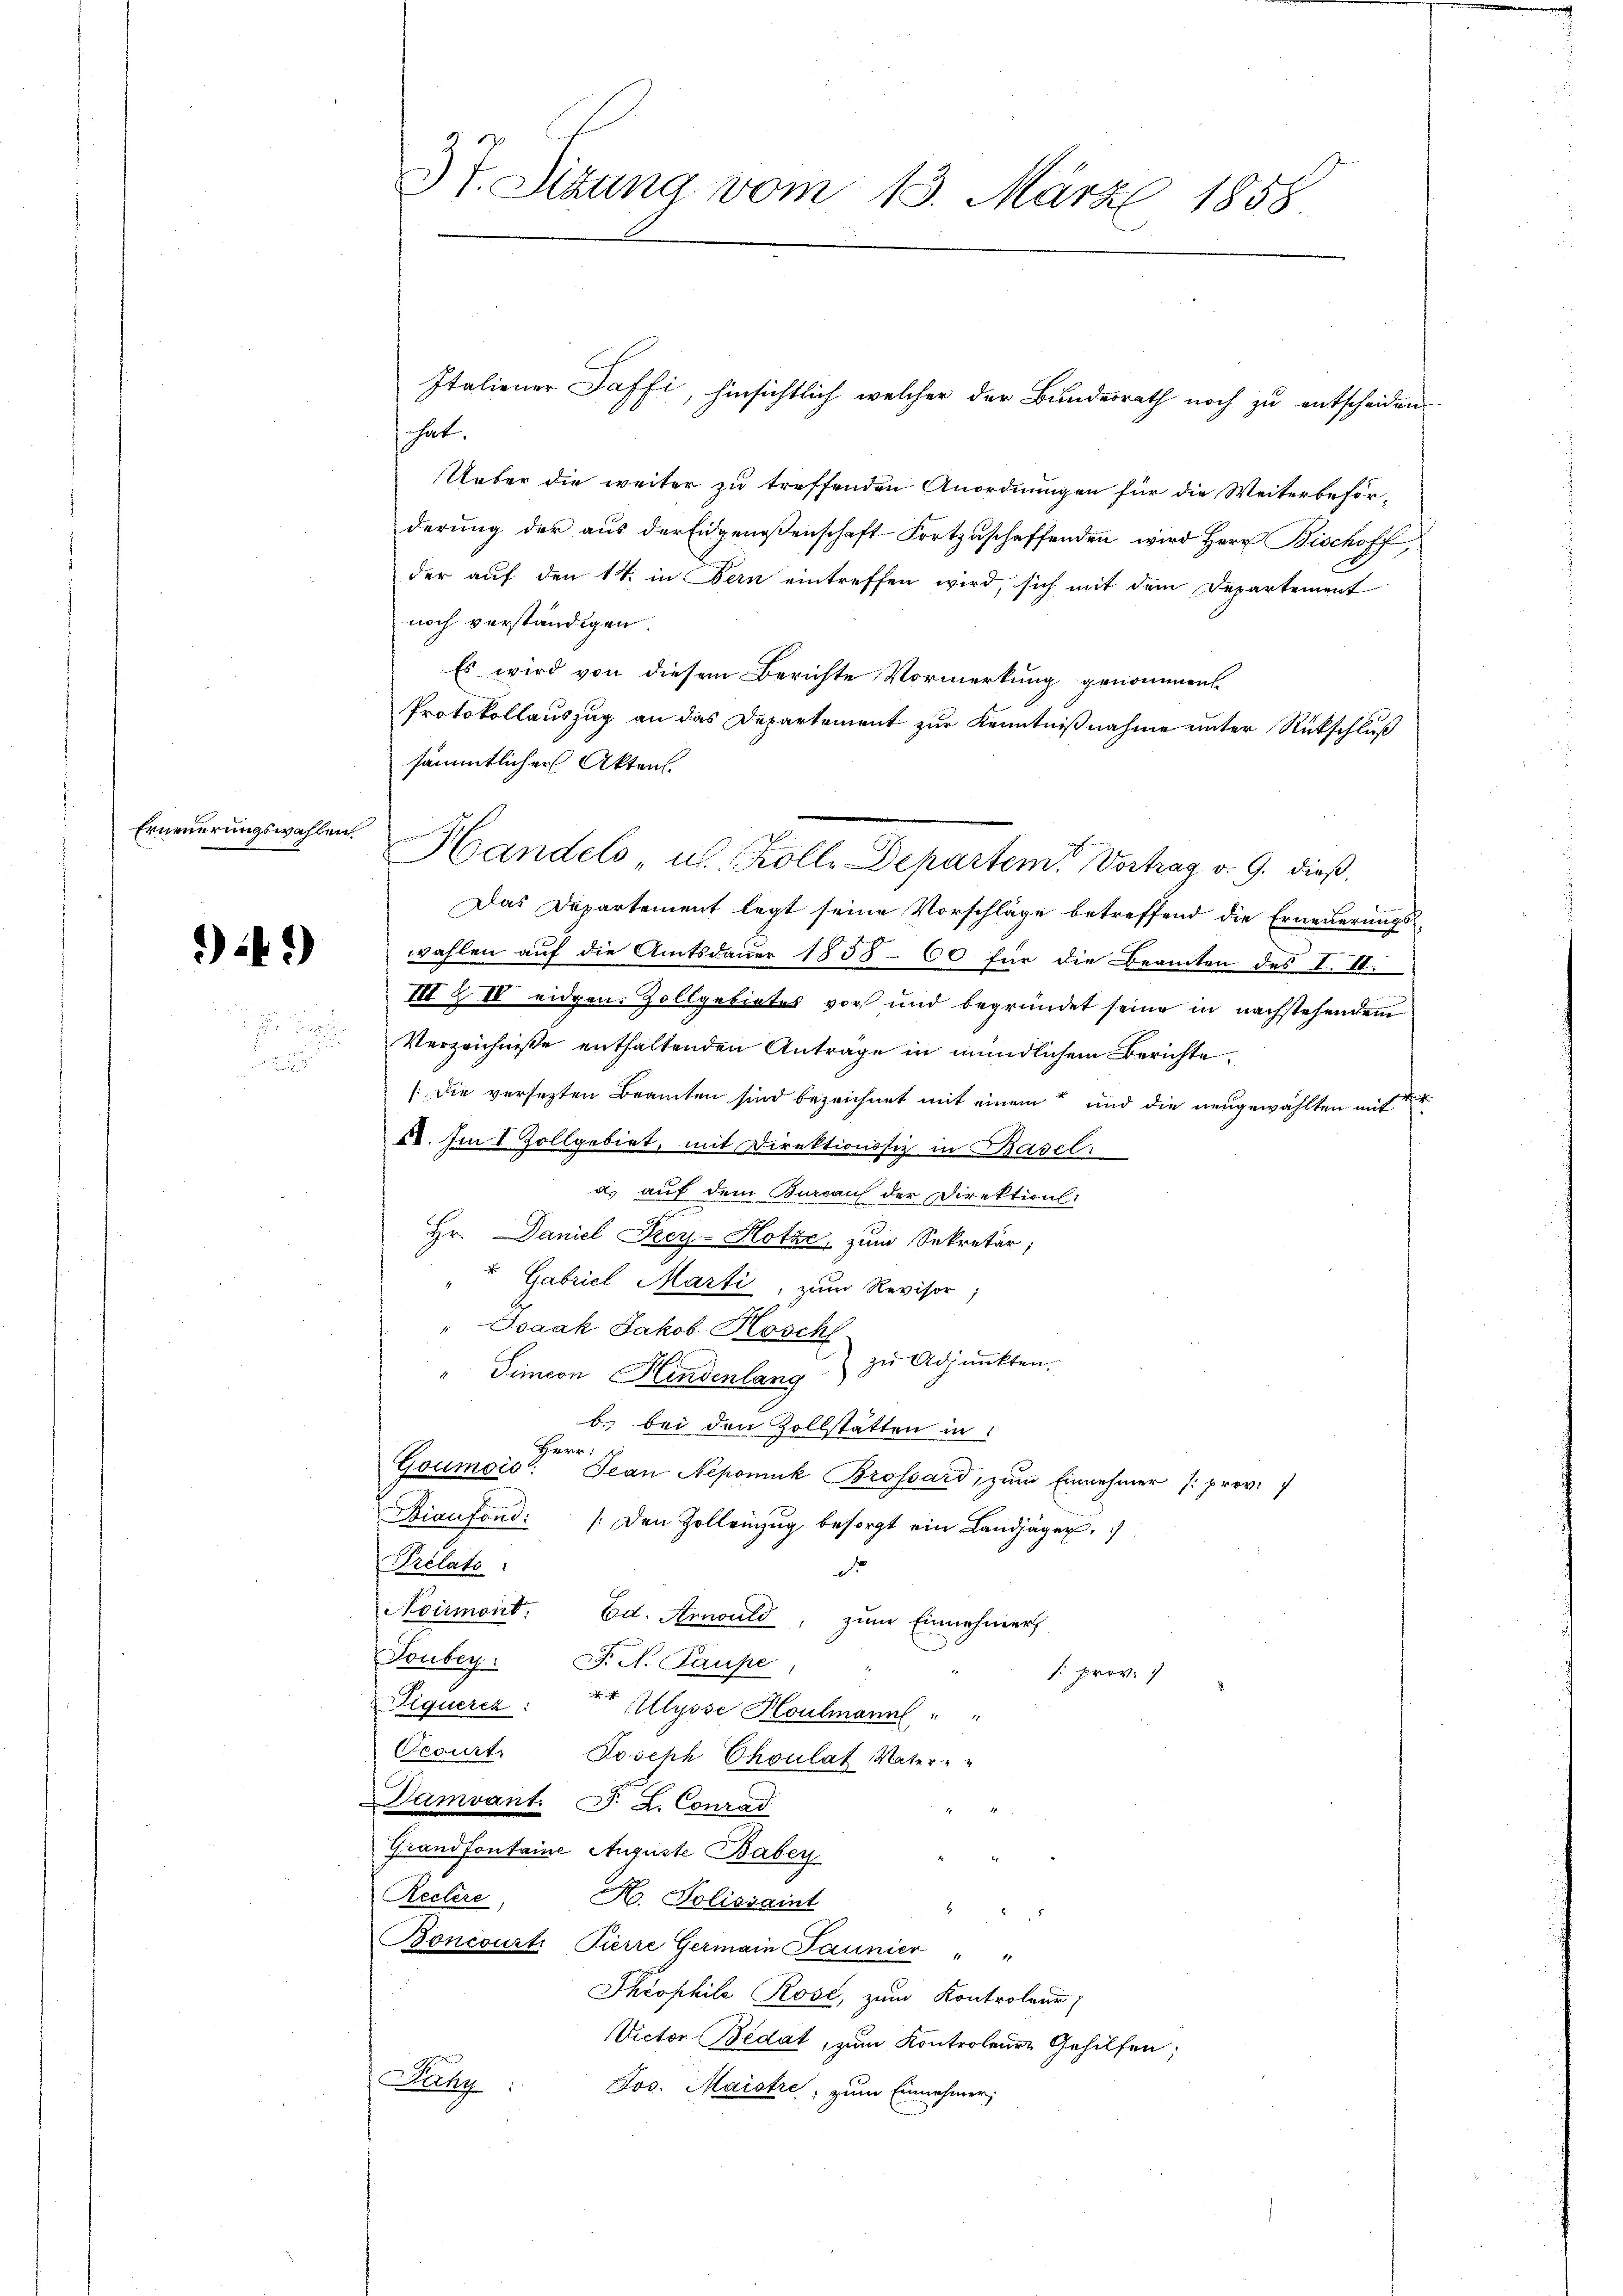
Erneuerungswahlen

4.)

.
.
u

37. Situng vom 13. März 1858

Italiener Saffi, hinsichtlich welcher der Bundesrath noch zu entscheiden
hat.
Ueber die weiter zu treffenden Anordnungen für die Weiterbeförderung der aus der Eidgenossenschaft Fortzuschaffenden wird Herr Bischoff,
der auf den 14. in Bern eintreffen wird, sich mit dem Departement
noch verständigen.
Es wird von diesem Berichte Vormerkung genommen.
Protokollauszug an das Departement zur Kenntnißnahme unter Rückschluß
sämmtlicher Akten.
Das Departement legt seine Vorschläge betreffend die Erneuerungswahlen auf die Amtsdauer 1858 - 60 für die Beamten des I. II.
III § IV eidgen. Zollgebietes vor und begründet seine in nachstehendem
Verzeichnisse enthaltenden Antrage in mündlichem Berichte.
(Die versezten Beamten sind bezeichnet mit einem und die neugewählten mit
48. Im I Zollgebiet, mit Direktionssiz in Basel.
a. auf dem Bureau der Direktion:
Hr. Daniel Frey-Hotze, zum Sekretär,
u Gabriel Marti, zum Revisor
"Isaak Jakob Köschl
zu Adjunkten.
" Simeon Hindenlang
b. bei den Zollstatten in
Herr
Goumois: Jean Nepomuk Brossard, zum Einnehmer (: prov.
Bianfond /: den Zollenzŭg besorgt ein Landjäger,
Veclato
d
Noirmont. Ed. Annuld, zum Einnehmers
Toubey: F. N. Paupe
E
: prov. 1
Piquercz: Ulysse Houlmann, " "
Oecurt. Joseph Choulat Vatere
Damvant. P. L. Conrad
Grand fontaine Auguste Babey
Reclere, H. Polissaint
.
Boncourti Pierre Germain Paunier " "
Skrophile Rose, zum Kontroleur
Victor Bedat, zum Kontroleure Gehilfen;
Fähy:
Jos. Maistre, zum Einnehmer;

Handels, u. Kolle Departem Vortrag v. 9. dieß.